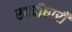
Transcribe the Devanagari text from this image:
खादीधारी